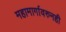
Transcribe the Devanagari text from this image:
महामार्गावरुनही